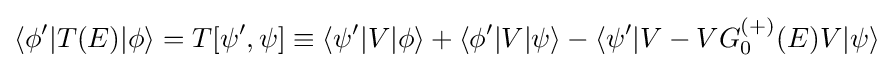
\langle \phi '|T(E)|\phi \rangle =T[\psi ',\psi ]\equiv \langle \psi '|V|\phi \rangle +\langle \phi '|V|\psi \rangle -\langle \psi '|V-VG_{0}^{(+)}(E)V|\psi \rangle